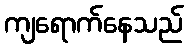
ကျရောက်နေသည်